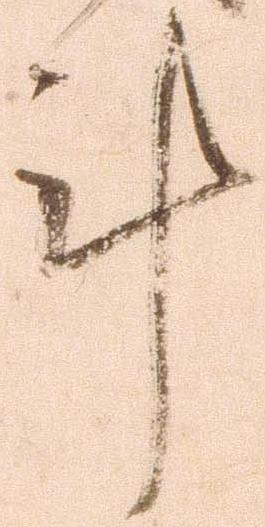
計